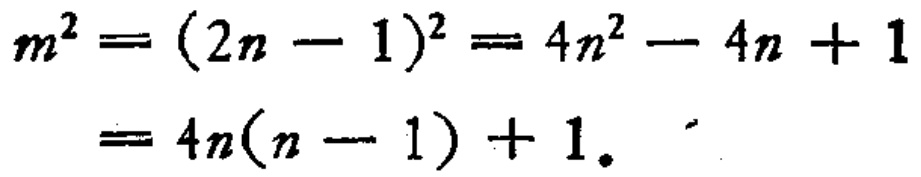
\[

\begin{align*}

m^{2}&=(2n - 1)^{2}=4n^{2}-4n + 1\\

&=4n(n - 1)+ 1.

\end{align*}

\]